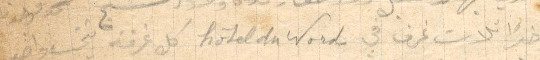
اخيرًأ تلاث غرف في hotel du nord كل غرفة تخت واحد